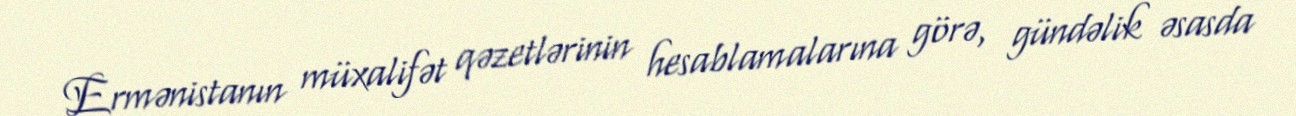
Ermənistanın müxalifət qəzetlərinin hesablamalarına görə, gündəlik əsasda